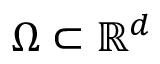
\Omega \subset \mathbb { R } ^ { d }